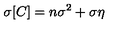
\sigma [ C ] = n \sigma ^ { 2 } + \sigma \eta